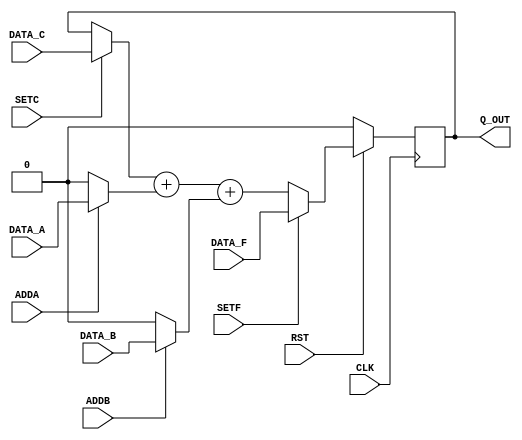

// Copyright (c) 2000-2012 Bluespec, Inc.

// Permission is hereby granted, free of charge, to any person obtaining a copy
// of this software and associated documentation files (the "Software"), to deal
// in the Software without restriction, including without limitation the rights
// to use, copy, modify, merge, publish, distribute, sublicense, and/or sell
// copies of the Software, and to permit persons to whom the Software is
// furnished to do so, subject to the following conditions:

// The above copyright notice and this permission notice shall be included in
// all copies or substantial portions of the Software.

// THE SOFTWARE IS PROVIDED "AS IS", WITHOUT WARRANTY OF ANY KIND, EXPRESS OR
// IMPLIED, INCLUDING BUT NOT LIMITED TO THE WARRANTIES OF MERCHANTABILITY,
// FITNESS FOR A PARTICULAR PURPOSE AND NONINFRINGEMENT. IN NO EVENT SHALL THE
// AUTHORS OR COPYRIGHT HOLDERS BE LIABLE FOR ANY CLAIM, DAMAGES OR OTHER
// LIABILITY, WHETHER IN AN ACTION OF CONTRACT, TORT OR OTHERWISE, ARISING FROM,
// OUT OF OR IN CONNECTION WITH THE SOFTWARE OR THE USE OR OTHER DEALINGS IN
// THE SOFTWARE.
//
// $Revision: 29755 $
// $Date: 2012-10-22 13:58:12 +0000 (Mon, 22 Oct 2012) $

`ifdef BSV_ASSIGNMENT_DELAY
`else
  `define BSV_ASSIGNMENT_DELAY
`endif

`ifdef BSV_POSITIVE_RESET
  `define BSV_RESET_VALUE 1'b1
  `define BSV_RESET_EDGE posedge
`else
  `define BSV_RESET_VALUE 1'b0
  `define BSV_RESET_EDGE negedge
`endif


`ifdef BSV_ASYNC_RESET
 `define BSV_ARESET_EDGE_META or `BSV_RESET_EDGE RST
`else
 `define BSV_ARESET_EDGE_META
`endif


// N -bit counter with load, set and 2 increment
module Counter(CLK,
               RST,
               Q_OUT,
               DATA_A, ADDA,
               DATA_B, ADDB,
               DATA_C, SETC,
               DATA_F, SETF);

   parameter width = 1;
   parameter init = 0;

   input                 CLK;
   input                 RST;
   input [width - 1 : 0] DATA_A;
   input                 ADDA;
   input [width - 1 : 0] DATA_B;
   input                 ADDB;
   input [width - 1 : 0] DATA_C;
   input                 SETC;
   input [width - 1 : 0] DATA_F;
   input                 SETF;

   output [width - 1 : 0] Q_OUT;



   reg [width - 1 : 0]    q_state ;

   assign                 Q_OUT = q_state ;

   always@(posedge CLK `BSV_ARESET_EDGE_META) begin
    if (RST == `BSV_RESET_VALUE)
      q_state  <= `BSV_ASSIGNMENT_DELAY init;
    else
      begin
         if ( SETF )
           q_state <= `BSV_ASSIGNMENT_DELAY DATA_F ;
         else
           q_state <= `BSV_ASSIGNMENT_DELAY (SETC ? DATA_C : q_state ) + (ADDA ? DATA_A : {width {1'b0}}) + (ADDB ? DATA_B : {width {1'b0}} ) ;
      end // else: !if(RST == `BSV_RESET_VALUE)
   end // always@ (posedge CLK)

`ifdef BSV_NO_INITIAL_BLOCKS
`else // not BSV_NO_INITIAL_BLOCKS
   // synopsys translate_off
   initial begin
      q_state = {((width + 1)/2){2'b10}} ;
   end
   // synopsys translate_on
`endif // BSV_NO_INITIAL_BLOCKS

endmodule